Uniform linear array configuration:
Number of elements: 4
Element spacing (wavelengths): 0.75
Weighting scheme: hamming
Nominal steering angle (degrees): -30
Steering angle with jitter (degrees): -29.436
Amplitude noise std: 0.05
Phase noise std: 0.05

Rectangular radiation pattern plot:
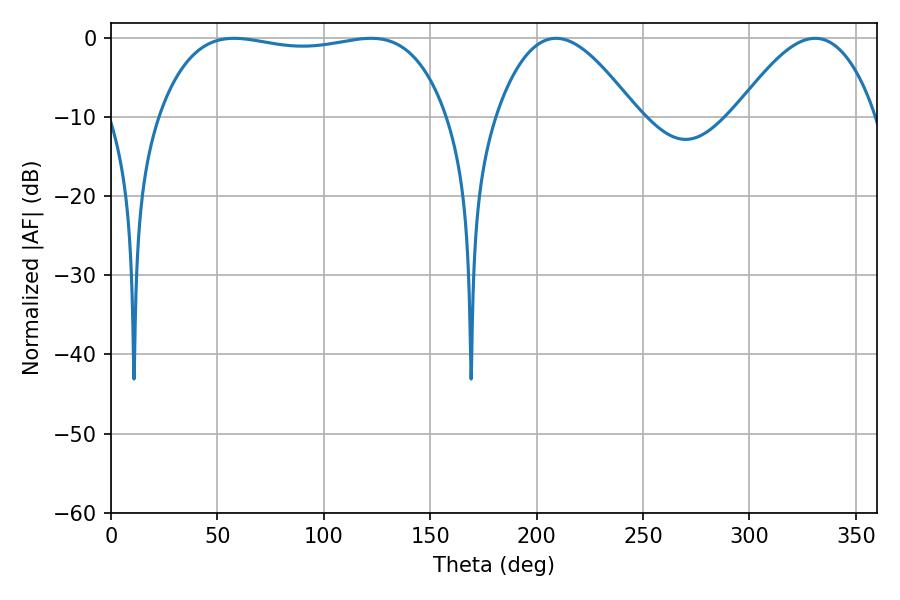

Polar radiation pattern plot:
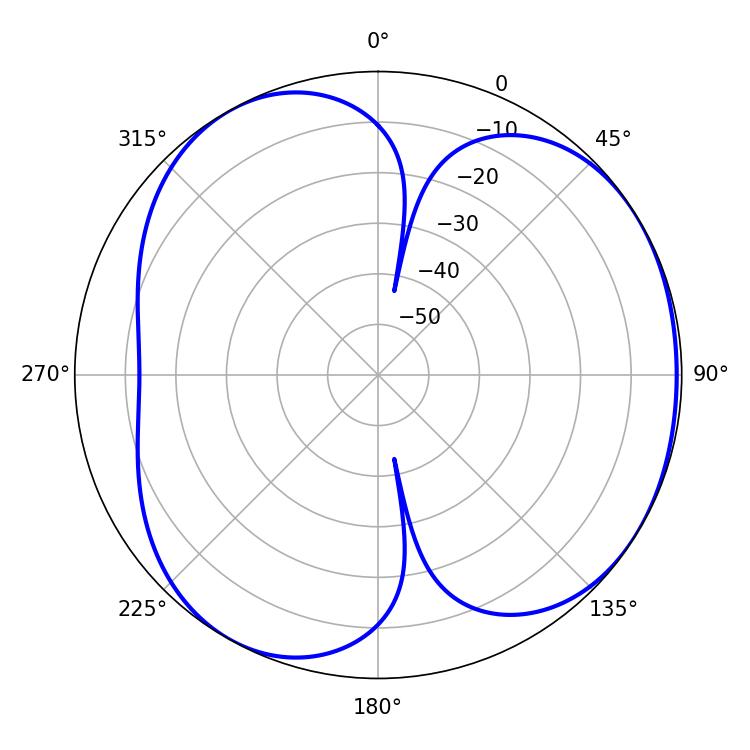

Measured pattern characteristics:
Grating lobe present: TRUE
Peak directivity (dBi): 4.242
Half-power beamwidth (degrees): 35.82
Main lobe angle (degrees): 209.16